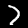
Label: 7